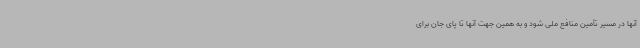
آنها در مسیر تأمین منافع ملی شود و به همین جهت آنها تا پای جان برای